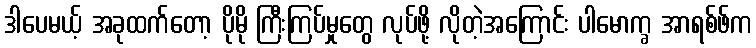
ဒါပေမယ့် အခုထက်တော့ ပိုမို ကြီးကြပ်မှုတွေ လုပ်ဖို့ လိုတဲ့အကြောင်း ပါမောက္ခ အာရစ်ဖ်က